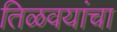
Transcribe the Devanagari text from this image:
तिळवयांचा